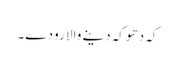
کہ دھوکہ دینے والا رو دے۔